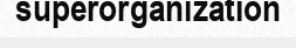
superorganization